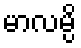
မာလမ္ပိ